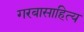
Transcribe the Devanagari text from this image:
गरबासाहित्य